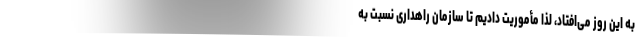
به این روز می‌افتاد، لذا مأموریت دادیم تا سازمان راهداری نسبت به